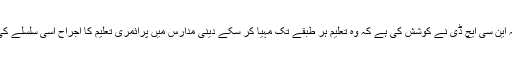
این سی ایچ ڈی کے بارے میں بتاتے ہوئے انہوں نے کہا کہ این سی ایچ ڈی نے کوشش کی ہے کہ وہ تعلیم ہر طبقے تک مہیا کر سکے دینی مدارس میں پرائمری تعلیم کا اجراح اسی سلسلے کی کڑی ہے اور یہ پراجیکٹ بڑی کامیابی سے چل رہا ہے ۔